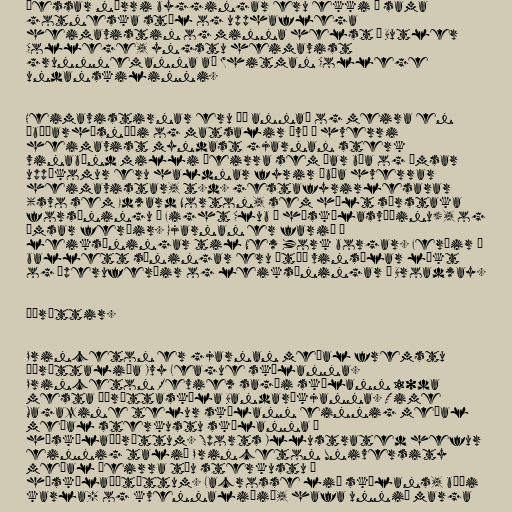
Þessar nýrri byggingar eru ekki í sama
gotneska stíl og upphaflega
heimavistin og minna helst á Butler
College, yngstu heimavist
grunnnemanna að Whitman College
undanskilinni.

Heimavistirnar eru þó annað og meira en
íbúðarhúsnæði og matsalir því á hverri
heimavist myndast gjarnan sterk
vinabönd milli þeirra sem þar búa og ýmsar
uppákomur eru haldnar fyrir íbúa hverrar
heimavistar, t.d. gestafyrirlesarar
(svo sem Edward Norton, sem hélt sérstaka
forsýningu á Fight Club á háskólasvæðinu), og
ýmsar ferðir. Gjarnan er farið á
leiksýningar til New York borgar. Ferðir á
ballett sýningar eru ætíð vinsælar líkt
og óperuferðir og leiksýningar á Broadway.

Íþróttir.

Princeton er gjarnan meðal fremstu
íþróttaliða Ivy League skólanna.
Princeton Review sagði skólann 10da
mesta íþróttaskóla Bandaríkjanna. Time
Magazine telur skólann einnig meðal
meðal sterkustu skólanna í
háskólaíþróttum. Sports Illustrated hefur
einnig talið Princeton University
meðal þeirra tíu sterkustu í
háskólaíþtóttum. Lacrosse lið skólans, bæði
karla- og kvennaliðið, hafa unnið marga